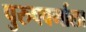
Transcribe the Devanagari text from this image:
पुरुषवर्गाला